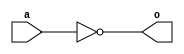
module nor_all(output reg o, input a);
always @(a)
begin
	o = ~(a | a);
end
endmodule